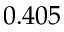
0 . 4 0 5